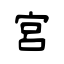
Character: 宮